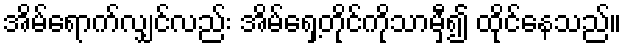
အိမ်ရောက်လျှင်လည်း အိမ်ရှေ့တိုင်ကိုသာမှီ၍ ထိုင်နေသည်။